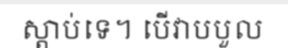
ស្តាប់ទេ។ បើវាបបួល